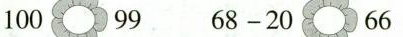
100 99 68-20 66